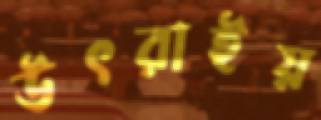
উৎরাইয়